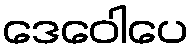
ဒေဝေါပေ